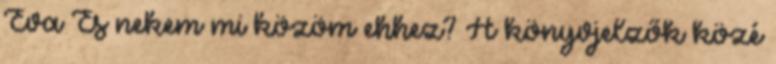
Éva És nekem mi közöm ehhez? A könyvjelzők közé